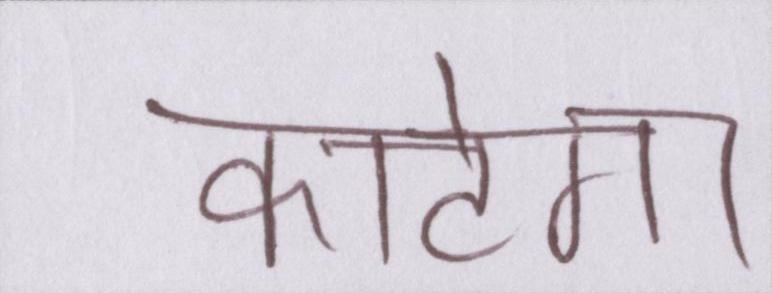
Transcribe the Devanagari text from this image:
काटेगा